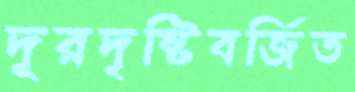
দূরদৃষ্টিবর্জিত